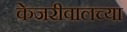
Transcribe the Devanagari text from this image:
केजरीवालच्या